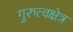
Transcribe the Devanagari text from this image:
गुरुत्वक्षेत्र